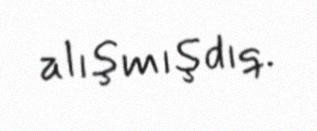
alışmışdıq.